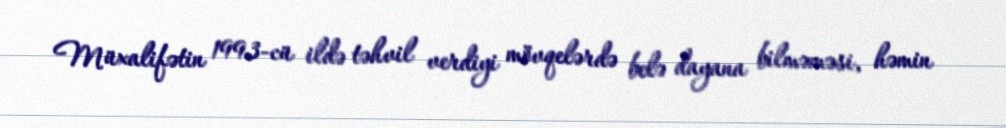
Müxalifətin 1993-cü ildə təhvil verdiyi mövqelərdə belə dayana bilməməsi, həmin